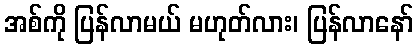
အစ်ကို ပြန်လာမယ် မဟုတ်လား၊ ပြန်လာနော်